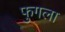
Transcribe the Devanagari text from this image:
फुगला